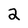
Character: 2